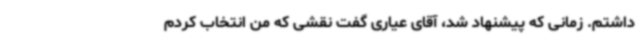
داشتم. زمانی که پیشنهاد شد، آقای عیاری گفت نقشی که من انتخاب کردم